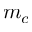
m _ { c }